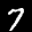
Label: 7